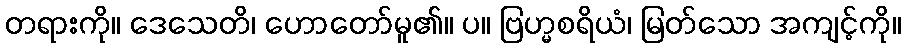
တရားကို။ ဒေသေတိ၊ ဟောတော်မူ၏။ ပ။ ဗြဟ္မစရိယံ၊ မြတ်သော အကျင့်ကို။